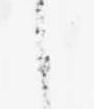
候